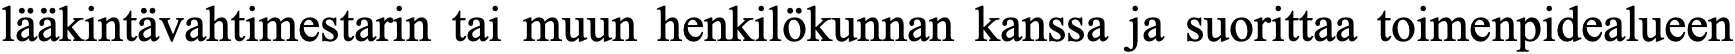
lääkintävahtimestarin tai muun henkilökunnan kanssa ja suorittaa toimenpidealueen